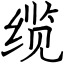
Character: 缆